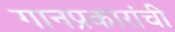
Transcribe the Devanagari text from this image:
गानप्रकारांची